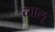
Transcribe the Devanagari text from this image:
च्यालू